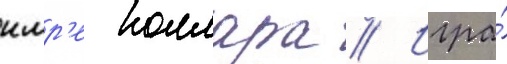
имр'е коллара // Игра́